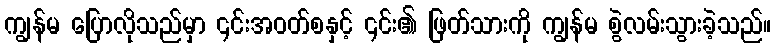
ကျွန်မ ပြောလိုသည်မှာ ၎င်းအဝတ်စနှင့် ၎င်း၏ ဖြတ်သားကို ကျွန်မ စွဲလမ်းသွားခဲ့သည်။